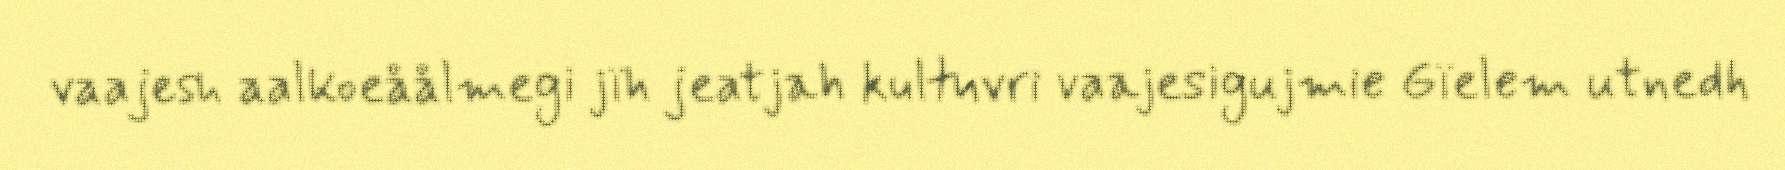
vaajesh aalkoeåålmegi jïh jeatjah kultuvri vaajesigujmie Gïelem utnedh